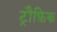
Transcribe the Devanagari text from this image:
ट्रौफ़िक